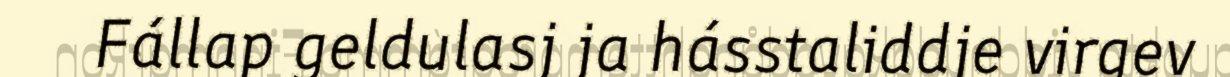
Fállap geldulasj ja hásstaliddje virgev